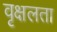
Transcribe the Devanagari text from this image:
वृक्षलता